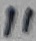
Text: 11